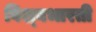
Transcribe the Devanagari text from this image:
विश्बभारती